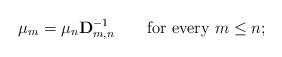
LaTeX: \begin{align*} \mu_m=\mu_n\mathbf{D}_{m,n}^{-1}\qquad\mbox{for every }m\leq n;\end{align*}